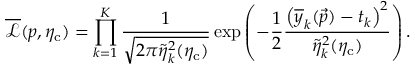
\overline { { \mathcal { L } } } ( \boldsymbol { p } , \eta _ { \mathrm { c } } ) = \prod _ { k = 1 } ^ { K } \frac { 1 } { \sqrt { 2 \pi \tilde { \eta } _ { k } ^ { 2 } ( \eta _ { \mathrm { c } } ) } } \exp { \left( - \frac { 1 } { 2 } \frac { \left( \overline { { y } } _ { k } ( \vec { p } ) - t _ { k } \right) ^ { 2 } } { \tilde { \eta } _ { k } ^ { 2 } ( \eta _ { \mathrm { c } } ) } \right) } \, .